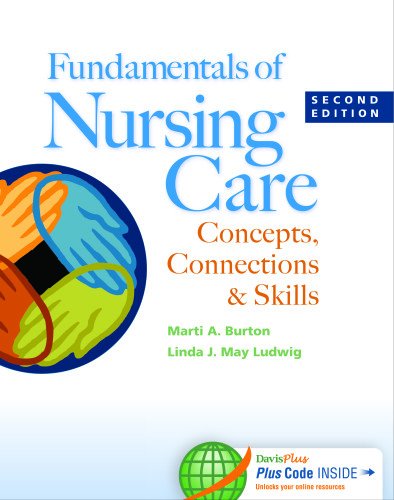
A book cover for Fundamentals of Nursing Care: Concepts, Connections & Skills; Marti A. Burton; Medical Books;